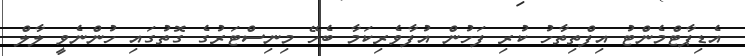
އެޑިޕާޓްމެންޓު އިފްތިތާހު ކުރި ފަހުން އުފާވެރިކަމާ ބެހޭ މިނިސްޓަރުގެ ގޮތުގައި ހުންނެވީ ލާލް